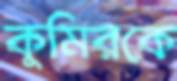
কুমিরকে